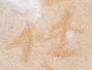
任